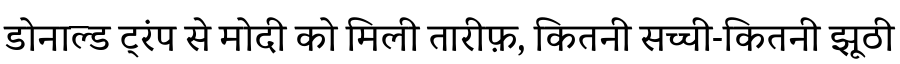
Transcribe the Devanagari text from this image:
डोनाल्ड ट्रंप से मोदी को मिली तारीफ़, कितनी सच्ची-कितनी झूठी